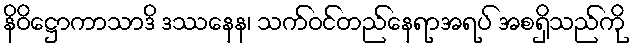
နိဝိဋ္ဌောကာသာဒိ ဒဿနေန၊ သက်ဝင်တည်နေရာအရပ် အစရှိသည်ကို